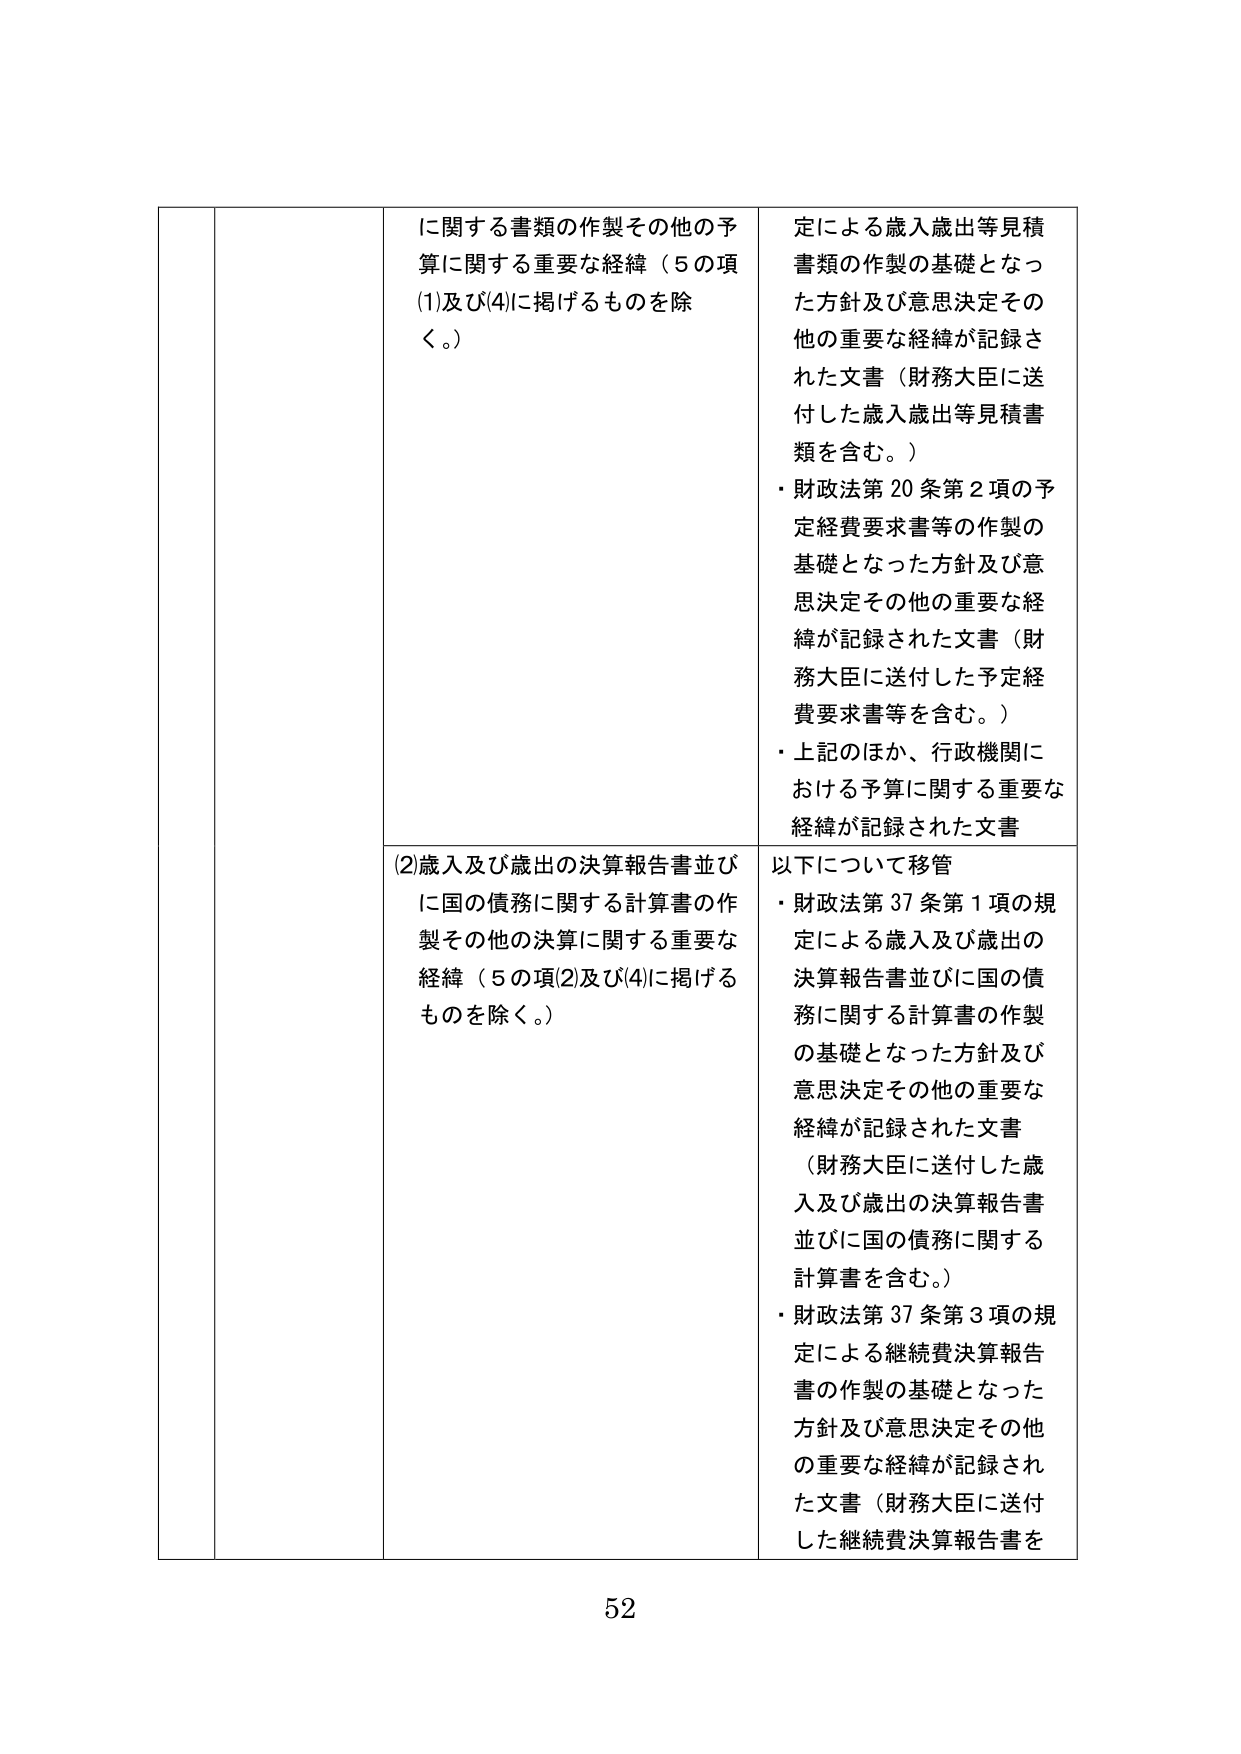
に関する書類の作製その他の予算に関する重要な経緯（５の項(1)及び(4)に掲げるものを除く。）

定による歳入歳出等見積書類の作製の基礎となった方針及び意思決定その他の重要な経緯が記録された文書（財務大臣に送付した歳入歳出等見積書類を含む。）
・財政法第20条第2項の予定経費要求書等の作製の基礎となった方針及び意思決定その他の重要な経緯が記録された文書（財務大臣に送付した予定経費要求書等を含む。）
・上記のほか、行政機関における予算に関する重要な経緯が記録された文書

(2)歳入及び歳出の決算報告書並びに国の債務に関する計算書の作製その他の決算に関する重要な経緯（５の項(2)及び(4)に掲げるものを除く。）

以下について移管
・財政法第37条第1項の規定による歳入及び歳出の決算報告書並びに国の債務に関する計算書の作製の基礎となった方針及び意思決定その他の重要な経緯が記録された文書（財務大臣に送付した歳入及び歳出の決算報告書並びに国の債務に関する計算書を含む。）
・財政法第37条第3項の規定による継続費決算報告書の作製の基礎となった方針及び意思決定その他の重要な経緯が記録された文書（財務大臣に送付した継続費決算報告書を

52